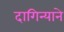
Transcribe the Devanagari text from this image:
दागिन्याने